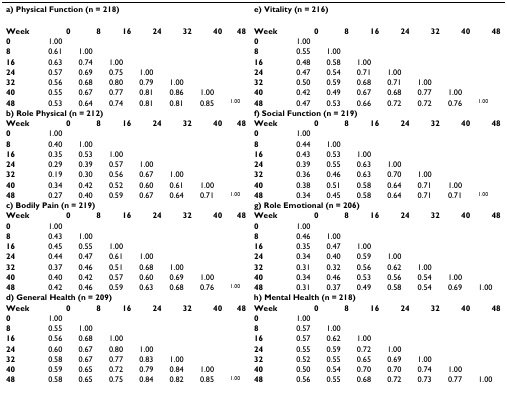
<table><thead><tr><td colspan="8"><b>a) Physical Function (n = 218)</b></td><td colspan="8"><b>e) Vitality (n = 216)</b></td></tr></thead><tbody><tr><td><b>Week</b></td><td><b>0</b></td><td><b>8</b></td><td><b>16</b></td><td><b>24</b></td><td><b>32</b></td><td><b>40</b></td><td><b>48</b></td><td><b>Week</b></td><td><b>0</b></td><td><b>8</b></td><td><b>16</b></td><td><b>24</b></td><td><b>32</b></td><td><b>40</b></td><td><b>48</b></td></tr><tr><td><b>0</b></td><td>1.00</td><td></td><td></td><td></td><td></td><td></td><td></td><td><b>0</b></td><td>1.00</td><td></td><td></td><td></td><td></td><td></td><td></td></tr><tr><td><b>8</b></td><td>0.61</td><td>1.00</td><td></td><td></td><td></td><td></td><td></td><td><b>8</b></td><td>0.55</td><td>1.00</td><td></td><td></td><td></td><td></td><td></td></tr><tr><td><b>16</b></td><td>0.63</td><td>0.74</td><td>1.00</td><td></td><td></td><td></td><td></td><td><b>16</b></td><td>0.48</td><td>0.58</td><td>1.00</td><td></td><td></td><td></td><td></td></tr><tr><td><b>24</b></td><td>0.57</td><td>0.69</td><td>0.75</td><td>1.00</td><td></td><td></td><td></td><td><b>24</b></td><td>0.47</td><td>0.54</td><td>0.71</td><td>1.00</td><td></td><td></td><td></td></tr><tr><td><b>32</b></td><td>0.56</td><td>0.68</td><td>0.80</td><td>0.79</td><td>1.00</td><td></td><td></td><td><b>32</b></td><td>0.50</td><td>0.59</td><td>0.68</td><td>0.71</td><td>1.00</td><td></td><td></td></tr><tr><td><b>40</b></td><td>0.55</td><td>0.67</td><td>0.77</td><td>0.81</td><td>0.86</td><td>1.00</td><td></td><td><b>40</b></td><td>0.42</td><td>0.49</td><td>0.67</td><td>0.68</td><td>0.77</td><td>1.00</td><td></td></tr><tr><td><b>48</b></td><td>0.53</td><td>0.64</td><td>0.74</td><td>0.81</td><td>0.81</td><td>0.85</td><td><sup>1.00</sup></td><td><b>48</b></td><td>0.47</td><td>0.53</td><td>0.66</td><td>0.72</td><td>0.72</td><td>0.76</td><td><sup>1.00</sup></td></tr><tr><td colspan="8"><b>b) Role Physical (n = 212)</b></td><td colspan="8"><b>f) Social Function (n = 219)</b></td></tr><tr><td><b>Week</b></td><td><b>0</b></td><td><b>8</b></td><td><b>16</b></td><td><b>24</b></td><td><b>32</b></td><td><b>40</b></td><td><b>48</b></td><td><b>Week</b></td><td><b>0</b></td><td><b>8</b></td><td><b>16</b></td><td><b>24</b></td><td><b>32</b></td><td><b>40</b></td><td><b>48</b></td></tr><tr><td><b>0</b></td><td>1.00</td><td></td><td></td><td></td><td></td><td></td><td></td><td><b>0</b></td><td>1.00</td><td></td><td></td><td></td><td></td><td></td><td></td></tr><tr><td><b>8</b></td><td>0.40</td><td>1.00</td><td></td><td></td><td></td><td></td><td></td><td><b>8</b></td><td>0.44</td><td>1.00</td><td></td><td></td><td></td><td></td><td></td></tr><tr><td><b>16</b></td><td>0.35</td><td>0.53</td><td>1.00</td><td></td><td></td><td></td><td></td><td><b>16</b></td><td>0.43</td><td>0.53</td><td>1.00</td><td></td><td></td><td></td><td></td></tr><tr><td><b>24</b></td><td>0.29</td><td>0.39</td><td>0.57</td><td>1.00</td><td></td><td></td><td></td><td><b>24</b></td><td>0.39</td><td>0.55</td><td>0.63</td><td>1.00</td><td></td><td></td><td></td></tr><tr><td><b>32</b></td><td>0.19</td><td>0.30</td><td>0.56</td><td>0.67</td><td>1.00</td><td></td><td></td><td><b>32</b></td><td>0.36</td><td>0.46</td><td>0.63</td><td>0.70</td><td>1.00</td><td></td><td></td></tr><tr><td><b>40</b></td><td>0.34</td><td>0.42</td><td>0.52</td><td>0.60</td><td>0.61</td><td>1.00</td><td></td><td><b>40</b></td><td>0.38</td><td>0.51</td><td>0.58</td><td>0.64</td><td>0.71</td><td>1.00</td><td></td></tr><tr><td><b>48</b></td><td>0.27</td><td>0.40</td><td>0.59</td><td>0.67</td><td>0.64</td><td>0.71</td><td><sup>1.00</sup></td><td><b>48</b></td><td>0.34</td><td>0.45</td><td>0.58</td><td>0.64</td><td>0.71</td><td>0.71</td><td><sup>1.00</sup></td></tr><tr><td colspan="8"><b>c) Bodily Pain (n = 219)</b></td><td colspan="8"><b>g) Role Emotional (n = 206)</b></td></tr><tr><td><b>Week</b></td><td><b>0</b></td><td><b>8</b></td><td><b>16</b></td><td><b>24</b></td><td><b>32</b></td><td><b>40</b></td><td><b>48</b></td><td><b>Week</b></td><td><b>0</b></td><td><b>8</b></td><td><b>16</b></td><td><b>24</b></td><td><b>32</b></td><td><b>40</b></td><td><b>48</b></td></tr><tr><td><b>0</b></td><td>1.00</td><td></td><td></td><td></td><td></td><td></td><td></td><td><b>0</b></td><td>1.00</td><td></td><td></td><td></td><td></td><td></td><td></td></tr><tr><td><b>8</b></td><td>0.43</td><td>1.00</td><td></td><td></td><td></td><td></td><td></td><td><b>8</b></td><td>0.46</td><td>1.00</td><td></td><td></td><td></td><td></td><td></td></tr><tr><td><b>16</b></td><td>0.45</td><td>0.55</td><td>1.00</td><td></td><td></td><td></td><td></td><td><b>16</b></td><td>0.35</td><td>0.47</td><td>1.00</td><td></td><td></td><td></td><td></td></tr><tr><td><b>24</b></td><td>0.44</td><td>0.47</td><td>0.61</td><td>1.00</td><td></td><td></td><td></td><td><b>24</b></td><td>0.34</td><td>0.40</td><td>0.59</td><td>1.00</td><td></td><td></td><td></td></tr><tr><td><b>32</b></td><td>0.37</td><td>0.46</td><td>0.51</td><td>0.68</td><td>1.00</td><td></td><td></td><td><b>32</b></td><td>0.31</td><td>0.32</td><td>0.56</td><td>0.62</td><td>1.00</td><td></td><td></td></tr><tr><td><b>40</b></td><td>0.40</td><td>0.42</td><td>0.57</td><td>0.60</td><td>0.69</td><td>1.00</td><td></td><td><b>40</b></td><td>0.34</td><td>0.46</td><td>0.53</td><td>0.56</td><td>0.54</td><td>1.00</td><td></td></tr><tr><td><b>48</b></td><td>0.42</td><td>0.46</td><td>0.59</td><td>0.63</td><td>0.68</td><td>0.76</td><td><sup>1.00</sup></td><td><b>48</b></td><td>0.31</td><td>0.37</td><td>0.49</td><td>0.58</td><td>0.54</td><td>0.69</td><td>1.00</td></tr><tr><td colspan="8"><b>d) General Health (n = 209)</b></td><td colspan="8"><b>h) Mental Health (n = 218)</b></td></tr><tr><td><b>Week</b></td><td><b>0</b></td><td><b>8</b></td><td><b>16</b></td><td><b>24</b></td><td><b>32</b></td><td><b>40</b></td><td><b>48</b></td><td><b>Week</b></td><td><b>0</b></td><td><b>8</b></td><td><b>16</b></td><td><b>24</b></td><td><b>32</b></td><td><b>40</b></td><td><b>48</b></td></tr><tr><td><b>0</b></td><td>1.00</td><td></td><td></td><td></td><td></td><td></td><td></td><td><b>0</b></td><td>1.00</td><td></td><td></td><td></td><td></td><td></td><td></td></tr><tr><td><b>8</b></td><td>0.55</td><td>1.00</td><td></td><td></td><td></td><td></td><td></td><td><b>8</b></td><td>0.57</td><td>1.00</td><td></td><td></td><td></td><td></td><td></td></tr><tr><td><b>16</b></td><td>0.56</td><td>0.68</td><td>1.00</td><td></td><td></td><td></td><td></td><td><b>16</b></td><td>0.57</td><td>0.62</td><td>1.00</td><td></td><td></td><td></td><td></td></tr><tr><td><b>24</b></td><td>0.60</td><td>0.67</td><td>0.80</td><td>1.00</td><td></td><td></td><td></td><td><b>24</b></td><td>0.55</td><td>0.59</td><td>0.72</td><td>1.00</td><td></td><td></td><td></td></tr><tr><td><b>32</b></td><td>0.58</td><td>0.67</td><td>0.77</td><td>0.83</td><td>1.00</td><td></td><td></td><td><b>32</b></td><td>0.52</td><td>0.55</td><td>0.65</td><td>0.69</td><td>1.00</td><td></td><td></td></tr><tr><td><b>40</b></td><td>0.59</td><td>0.65</td><td>0.72</td><td>0.79</td><td>0.84</td><td>1.00</td><td></td><td><b>40</b></td><td>0.50</td><td>0.54</td><td>0.70</td><td>0.70</td><td>0.74</td><td>1.00</td><td></td></tr><tr><td><b>48</b></td><td>0.58</td><td>0.65</td><td>0.75</td><td>0.84</td><td>0.82</td><td>0.85</td><td><sup>1.00</sup></td><td><b>48</b></td><td>0.56</td><td>0.55</td><td>0.68</td><td>0.72</td><td>0.73</td><td>0.77</td><td>1.00</td></tr></tbody></table>